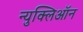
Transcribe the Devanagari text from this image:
न्युक्लिऑन